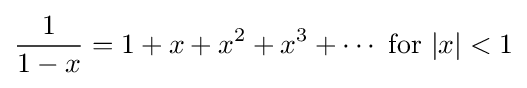
{\frac {1}{1-x}}=1+x+x^{2}+x^{3}+\cdots {\text{ for }}|x|<1